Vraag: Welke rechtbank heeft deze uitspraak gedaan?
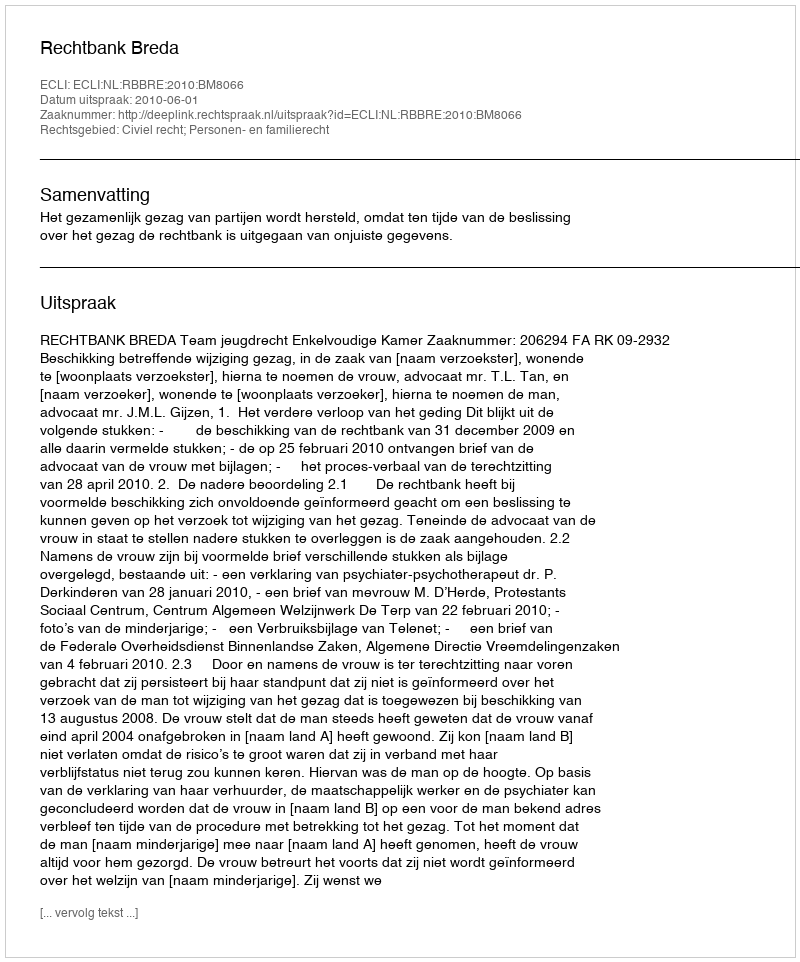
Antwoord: Rechtbank Breda